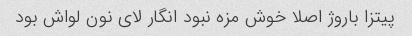
پیتزا باروژ اصلا خوش مزه نبود انگار لای نون لواش بود